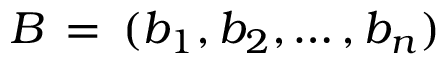
B \, = \, ( b _ { 1 } , b _ { 2 } , \dots , b _ { n } )